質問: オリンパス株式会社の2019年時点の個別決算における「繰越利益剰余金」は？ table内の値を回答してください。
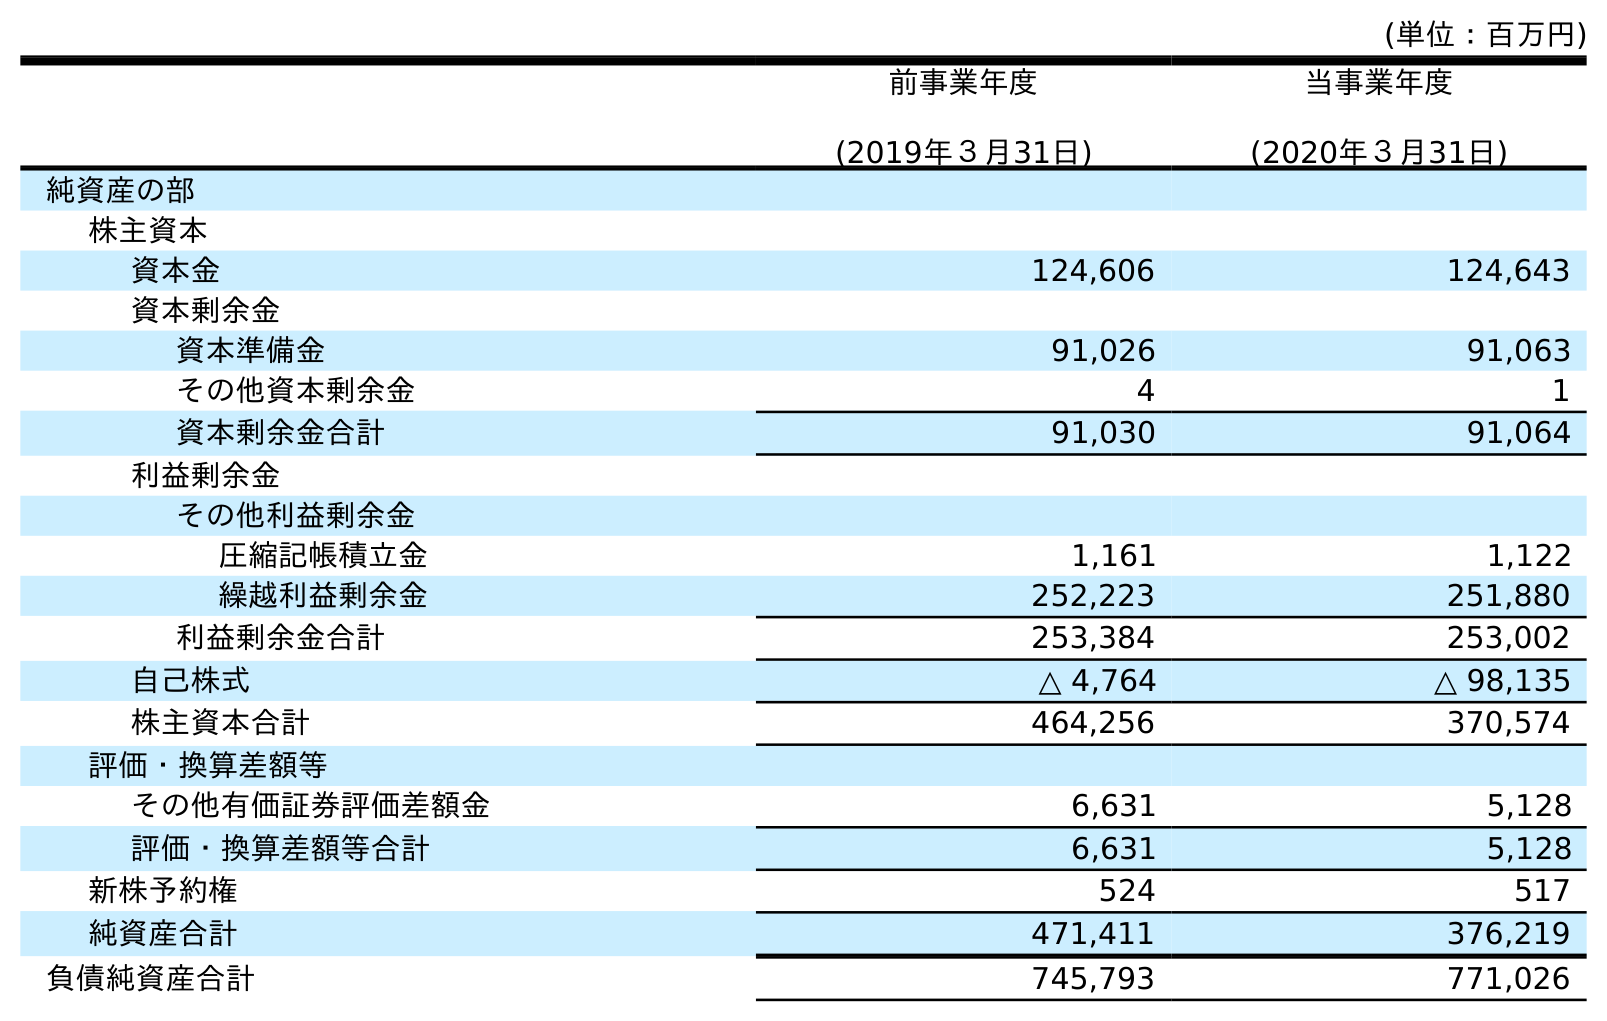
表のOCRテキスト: (単位：百万円) 前事業年度 (2019年３月31日) 当事業年度 (2020年３月31日) 純資産の部 株主資本 資本金 124,606 124,643 資本剰余金 資本準備金 91,026 91,063 その他資本剰余金 4 1 資本剰余金合計 91,030 91,064 利益剰余金 その他利益剰余金 圧縮記帳積立金 1,161 1,122 繰越利益剰余金 252,223 251,880 利益剰余金合計 253,384 253,002 自己株式 △ 4,764 △ 98,135 株主資本合計 464,256 370,574 評価・換算差額等 その他有価証券評価差額金 6,631 5,128 評価・換算差額等合計 6,631 5,128 新株予約権 524 517 純資産合計 471,411 376,219 負債純資産合計 745,793 771,026
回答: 252,223